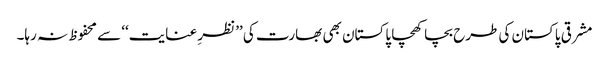
مشرقی پاکستان کی طرح بچا کھچا پاکستان بھی بھارت کی ’’نظرِ عنایت‘‘ سے محفوظ نہ رہا۔